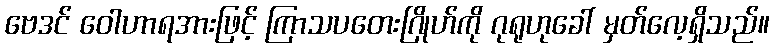
ဗေဒင် ဝေါဟာရအားဖြင့် ကြာသပတေးဂြိုဟ်ကို ဂုရုဟုခေါ် မှတ်လေ့ရှိသည်။